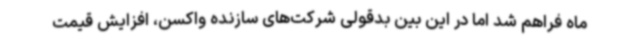
ماه فراهم شد اما در این بین بدقولی شرکت‌های سازنده واکسن، افزایش قیمت